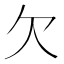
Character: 欠